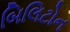
બિલિટોન